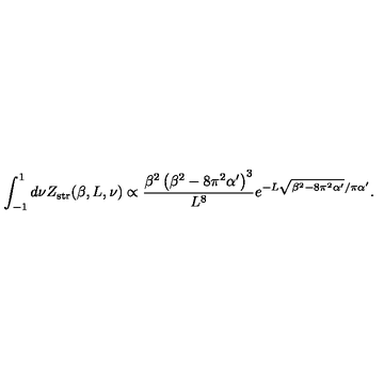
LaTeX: \int _ { - 1 } ^ { 1 } { d \nu } Z _ { \mathrm { s t r } } ( \beta , L , \nu ) \propto \frac { \beta ^ { 2 } \left( \beta ^ { 2 } - 8 \pi ^ { 2 } \alpha ^ { \prime } \right) ^ { 3 } } { L ^ { 8 } } e ^ { - L \sqrt { \beta ^ { 2 } - 8 \pi ^ { 2 } \alpha ^ { \prime } } / \pi \alpha ^ { \prime } } .